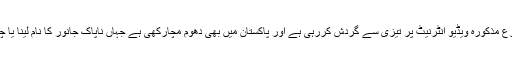
رپورٹ کے مطابق اِن دنوں متنازع مذکورہ ویڈیو انٹرنیٹ پر تیزی سے گردش کررہی ہے اور پاکستان میں بھی دھوم مچارکھی ہے جہاں ناپاک جانور کا نام لینا یا چھونا بھی اچھاتصور نہیں کیاجاتا۔